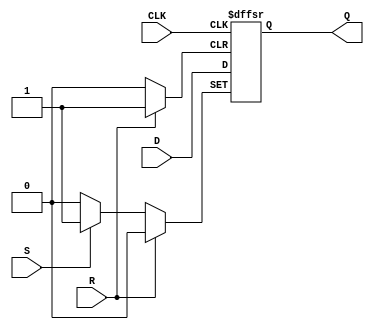
module d_flip_flop(
    input D, CLK, R, S,
    output reg Q
);

always @(posedge CLK or posedge R or posedge S) begin
    if(R) begin
        Q <= 0;
    end else if(S) begin
        Q <= 1;
    end else begin
        Q <= D;
    end
end

endmodule